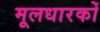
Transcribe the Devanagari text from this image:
मूलधारकों